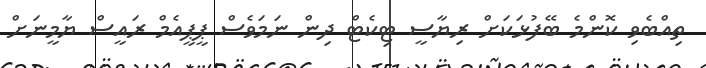
ތިއްބެވި ކޮންމެ ބޭފުޅަކަށް ރިޔާސީ ޓިކެޓް ދިން ނަމަވެސް ޕީޕީއެމް ރައީސް ޔާމީނަށް